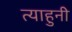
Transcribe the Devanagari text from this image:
त्याहुनी